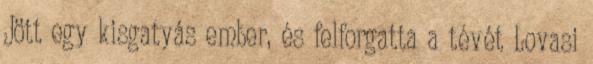
Jött egy kisgatyás ember, és felforgatta a tévét Lovasi